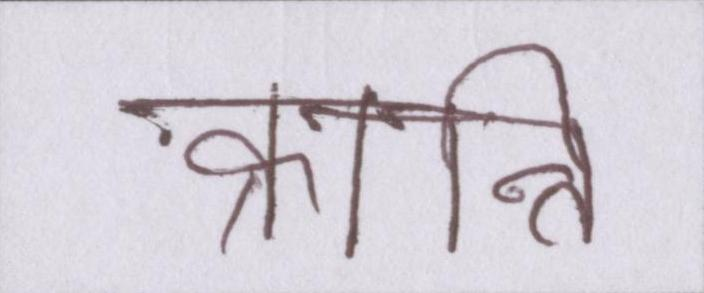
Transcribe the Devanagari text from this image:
क्रान्ति